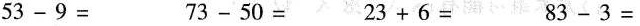
$$ 5 3 - 9 =$$ $$ 7 3 - 5 0 =$$ $$ 2 3 + 6 =$$ $$ 8 3 - 3 =$$